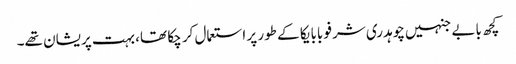
کچھ بابے جنہیں چوہدری شرفو بابا یکا کے طور پر استعمال کر چکا تھا، بہت پریشان تھے۔